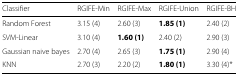
<table><thead><tr><td><b>Classifier</b></td><td><b>RGIFE-Min</b></td><td><b>RGIFE-Max</b></td><td><b>RGIFE-Union</b></td><td><b>RGIFE-BH</b></td></tr></thead><tbody><tr><td>Random Forest</td><td>3.15 (4)</td><td>2.60 (3)</td><td><b>1.85 (1)</b></td><td>2.40 (2)</td></tr><tr><td>SVM-Linear</td><td>3.10 (4)</td><td><b>1.60 (1)</b></td><td>2.40 (2)</td><td>2.90 (3)</td></tr><tr><td>Gaussian naive bayes</td><td>2.70 (4)</td><td>2.65 (3)</td><td><b>1.75 (1)</b></td><td>2.90 (4)</td></tr><tr><td>KNN</td><td>2.70 (3)</td><td>2.20 (2)</td><td><b>1.80 (1)</b></td><td>3.30 (4)*</td></tr></tbody></table>